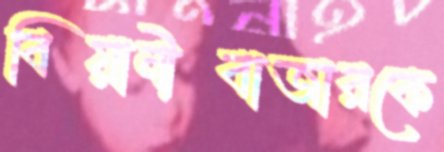
বিয়ানীবাজারকে